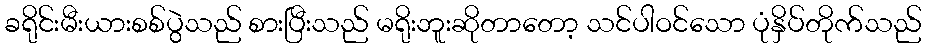
ခရိုင်းမီးယားစစ်ပွဲသည် စားပြီးသည် မရိုးဘူးဆိုတာတော့ သင်ပါဝင်သော ပုံနှိပ်တိုက်သည်